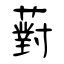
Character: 薱